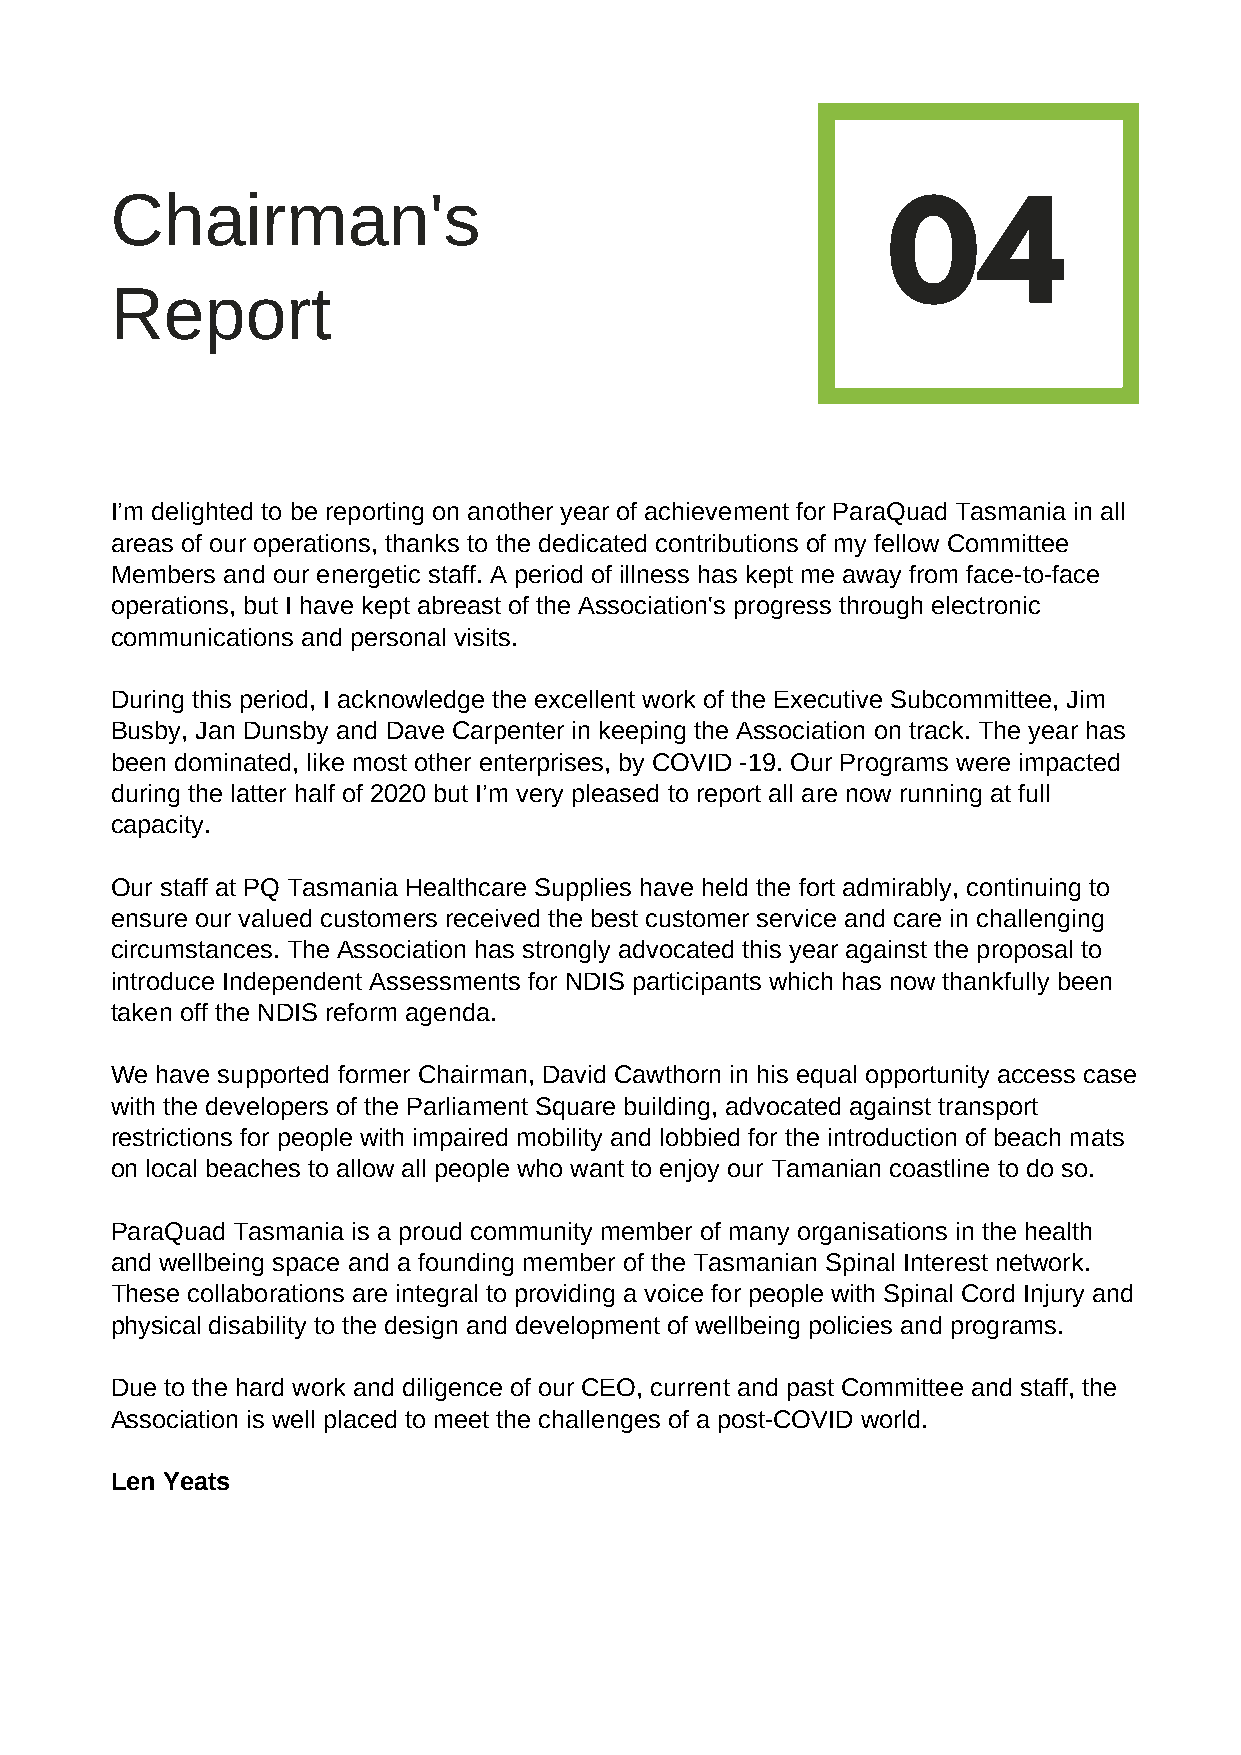
Chairman's
 04
 Report
 I’m delighted to be reporting on another year of achievement for ParaQuad Tasmania in all
 areas of our operations, thanks to the dedicated contributions of my fellow Committee
 Members and our energetic staff. A period of illness has kept me away from face-to-face
 operations, but I have kept abreast of the Association's progress through electronic
 communications and personal visits.
 During this period, I acknowledge the excellent work of the Executive Subcommittee, Jim
 Busby, Jan Dunsby and Dave Carpenter in keeping the Association on track. The year has
 been dominated, like most other enterprises, by COVID -19. Our Programs were impacted
 during the latter half of 2020 but I’m very pleased to report all are now running at full
 capacity.
 Our staff at PQ Tasmania Healthcare Supplies have held the fort admirably, continuing to
 ensure our valued customers received the best customer service and care in challenging
 circumstances. The Association has strongly advocated this year against the proposal to
 introduce Independent Assessments for NDIS participants which has now thankfully been
 taken off the NDIS reform agenda.
 We have supported former Chairman, David Cawthorn in his equal opportunity access case
 with the developers of the Parliament Square building, advocated against transport
 restrictions for people with impaired mobility and lobbied for the introduction of beach mats
 on local beaches to allow all people who want to enjoy our Tamanian coastline to do so.
 ParaQuad Tasmania is a proud community member of many organisations in the health
 and wellbeing space and a founding member of the Tasmanian Spinal Interest network.
 These collaborations are integral to providing a voice for people with Spinal Cord Injury and
 physical disability to the design and development of wellbeing policies and programs.
 Due to the hard work and diligence of our CEO, current and past Committee and staff, the
 Association is well placed to meet the challenges of a post-COVID world.
 Len Yeats